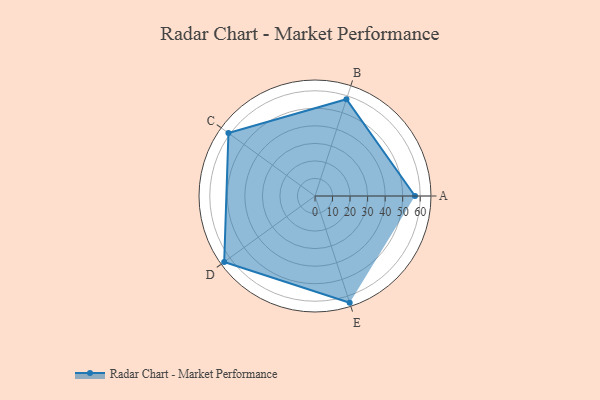
{"axis": {"x": "Skill", "y": "Score"}, "legend": ["Profile"], "data": [{"x": "A", "y": 57.0, "type": "Profile"}, {"x": "B", "y": 58.0, "type": "Profile"}, {"x": "C", "y": 61.0, "type": "Profile"}, {"x": "D", "y": 64.0, "type": "Profile"}, {"x": "E", "y": 64.0, "type": "Profile"}]}